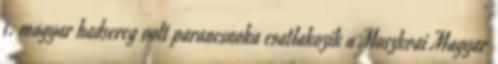
1. magyar hadsereg volt parancsnoka csatlakozik a Moszkvai Magyar